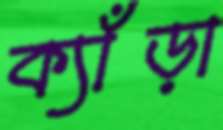
ক্যাঁড়া